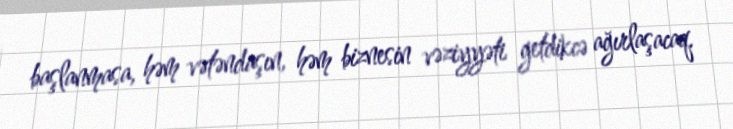
başlanmasa, həm vətəndaşın, həm biznesin vəziyyəti getdikcə ağırlaşacaq.